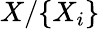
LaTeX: X/\{ X_{i}\}